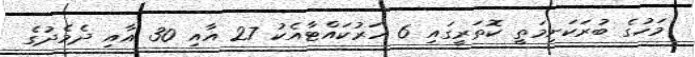
މަހުގެ ބުރަކަށިމަތީ ކޮތަރީގައި 6 ހަރުކައްޓާއެކު 27 އާއި 30 އާއި ދެމެދުގެ